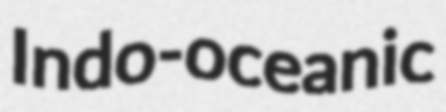
Indo-oceanic